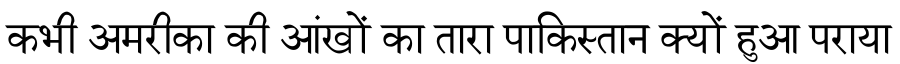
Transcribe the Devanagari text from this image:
कभी अमरीका की आंखों का तारा पाकिस्तान क्यों हुआ पराया